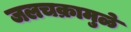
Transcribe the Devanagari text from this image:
जलचक्रामुळे